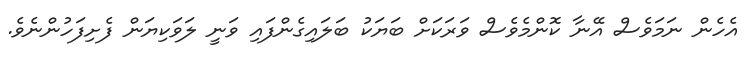
އެހެން ނަމަވެސް އޭނާ ކޮންމެވެސް ވަރަކަށް ބަޔަކު ބަލައިގެންފައި ވަނީ ލަވަކިޔަން ފެށިފަހުންނެވެ.